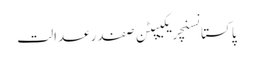
پاکستانسنچریکیپٹن صفدرعدالت